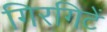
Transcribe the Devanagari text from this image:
गिरगिटें